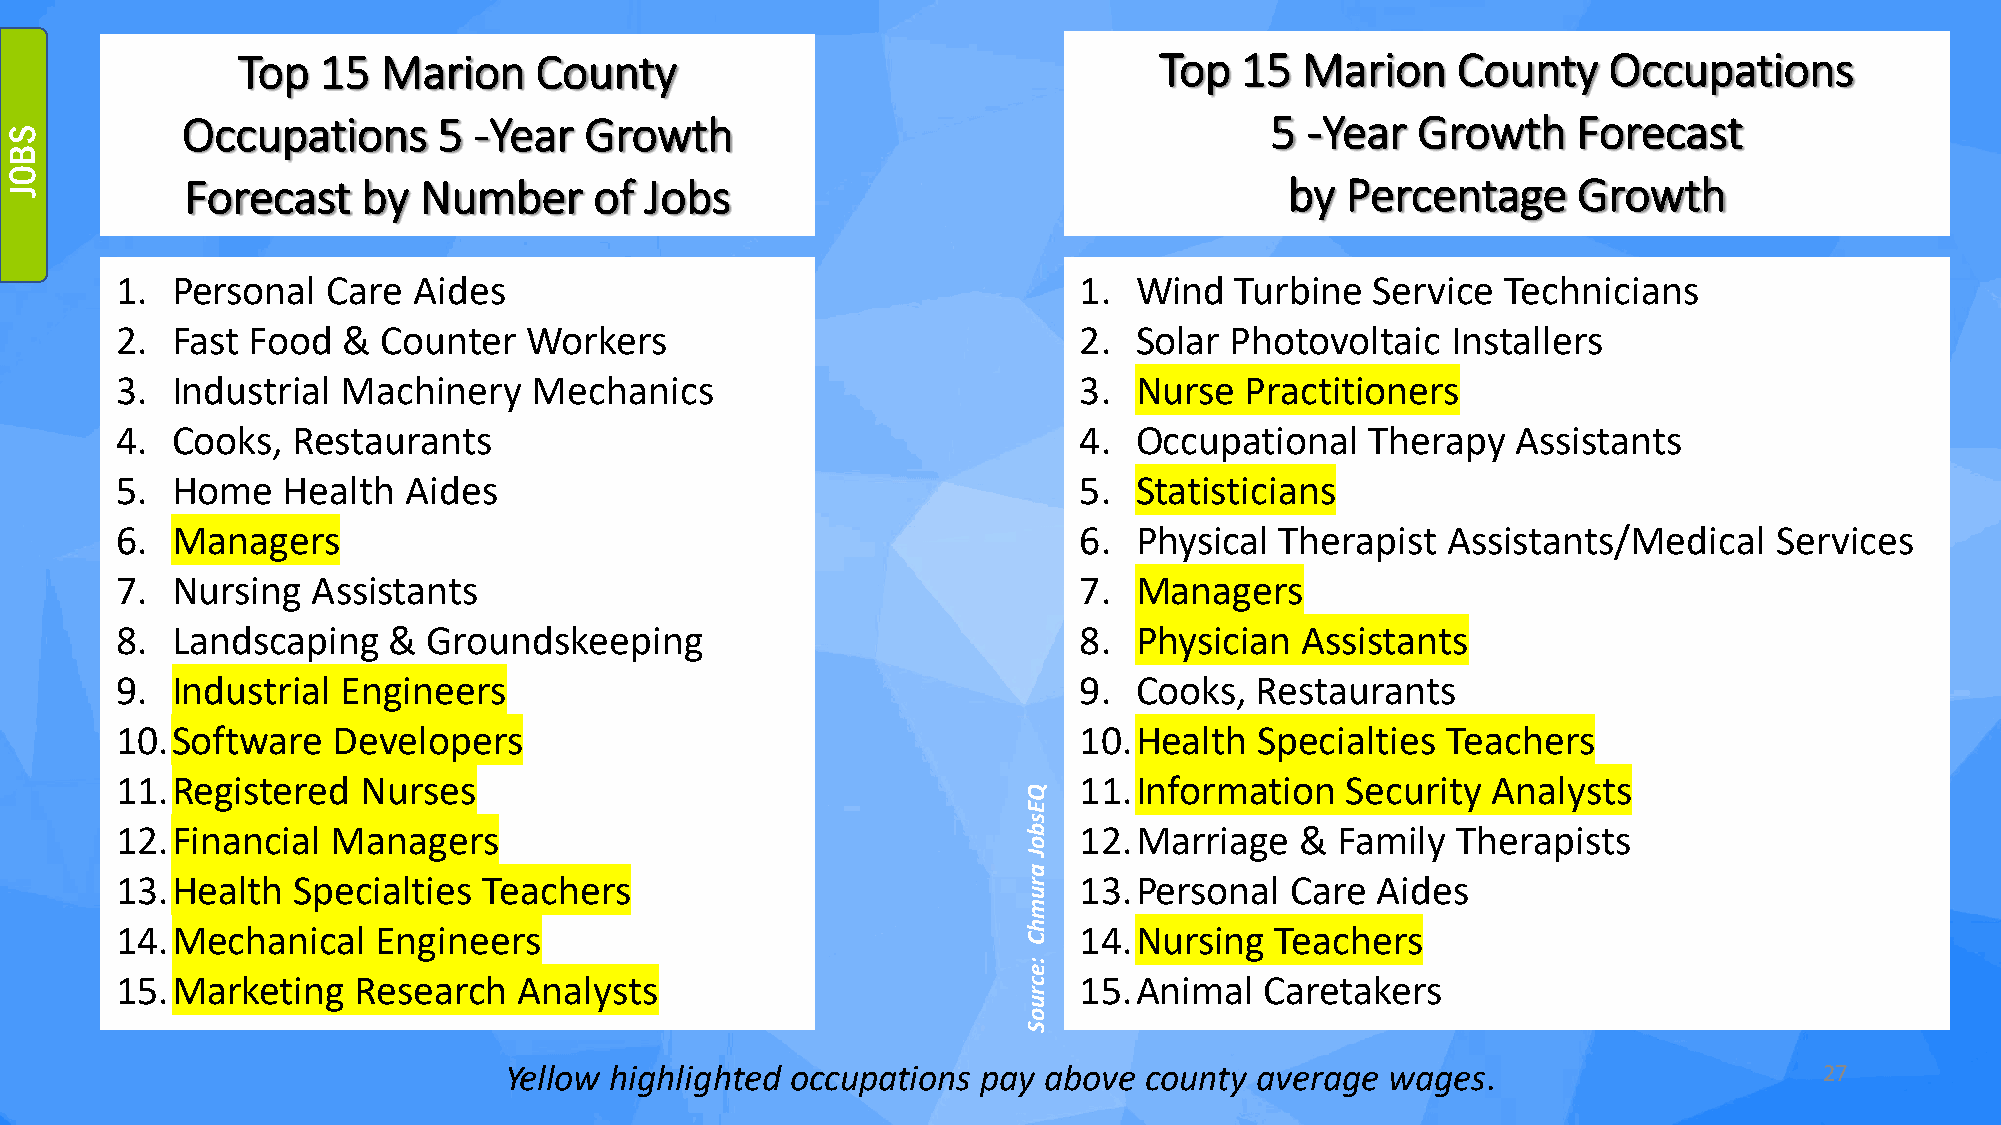
Top  15  Marion    County                                    Top  15  Marion    County    Occupations
 Occupations      5 -Year   Growth                                       5 -Year   Growth    Forecast
 Forecast    by  Number     of  Jobs                                      by  Percentage     Growth
 1. Personal   Care Aides                                       1.  Wind   Turbine  Service  Technicians
 2. Fast  Food  & Counter   Workers                             2.  Solar Photovoltaic   Installers
 3. Industrial  Machinery   Mechanics                           3.  Nurse  Practitioners
 4. Cooks,  Restaurants                                         4.  Occupational    Therapy  Assistants
 5. Home    Health  Aides                                       5.  Statisticians
 6. Managers                                                    6.  Physical  Therapist  Assistants/Medical    Services
 7. Nursing   Assistants                                        7.  Managers
 8. Landscaping    & Groundskeeping                             8.  Physician  Assistants
 9. Industrial  Engineers                                       9.  Cooks,  Restaurants
 10.Software   Developers                                       10.Health   Specialties  Teachers
 11.Registered   Nurses                                         11.Information    Security  Analysts
 12.Financial  Managers                                         12.Marriage    &  Family Therapists
 13.Health  Specialties  Teachers                               13.Personal   Care  Aides
 14.Mechanical    Engineers                                     14.Nursing   Teachers
 15.Marketing   Research   Analysts                             15.Animal    Caretakers
 Yellow highlighted occupations  pay above  county average  wages.                       27
 SBOJ
 QEsboJ
 arumhC
 :ecruoS